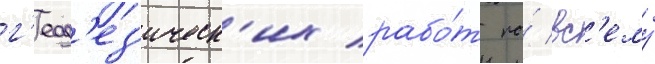
г'еод'ез'ическ'их рабо́т по́ вс'ему́